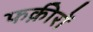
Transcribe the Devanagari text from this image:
फक़ीरों